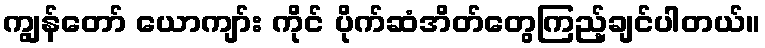
ကျွန်တော် ယောကျာ်း ကိုင် ပိုက်ဆံအိတ်တွေကြည့်ချင်ပါတယ်။